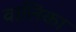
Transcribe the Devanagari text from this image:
वालिका